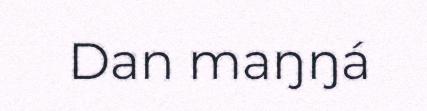
Dan maŋŋá